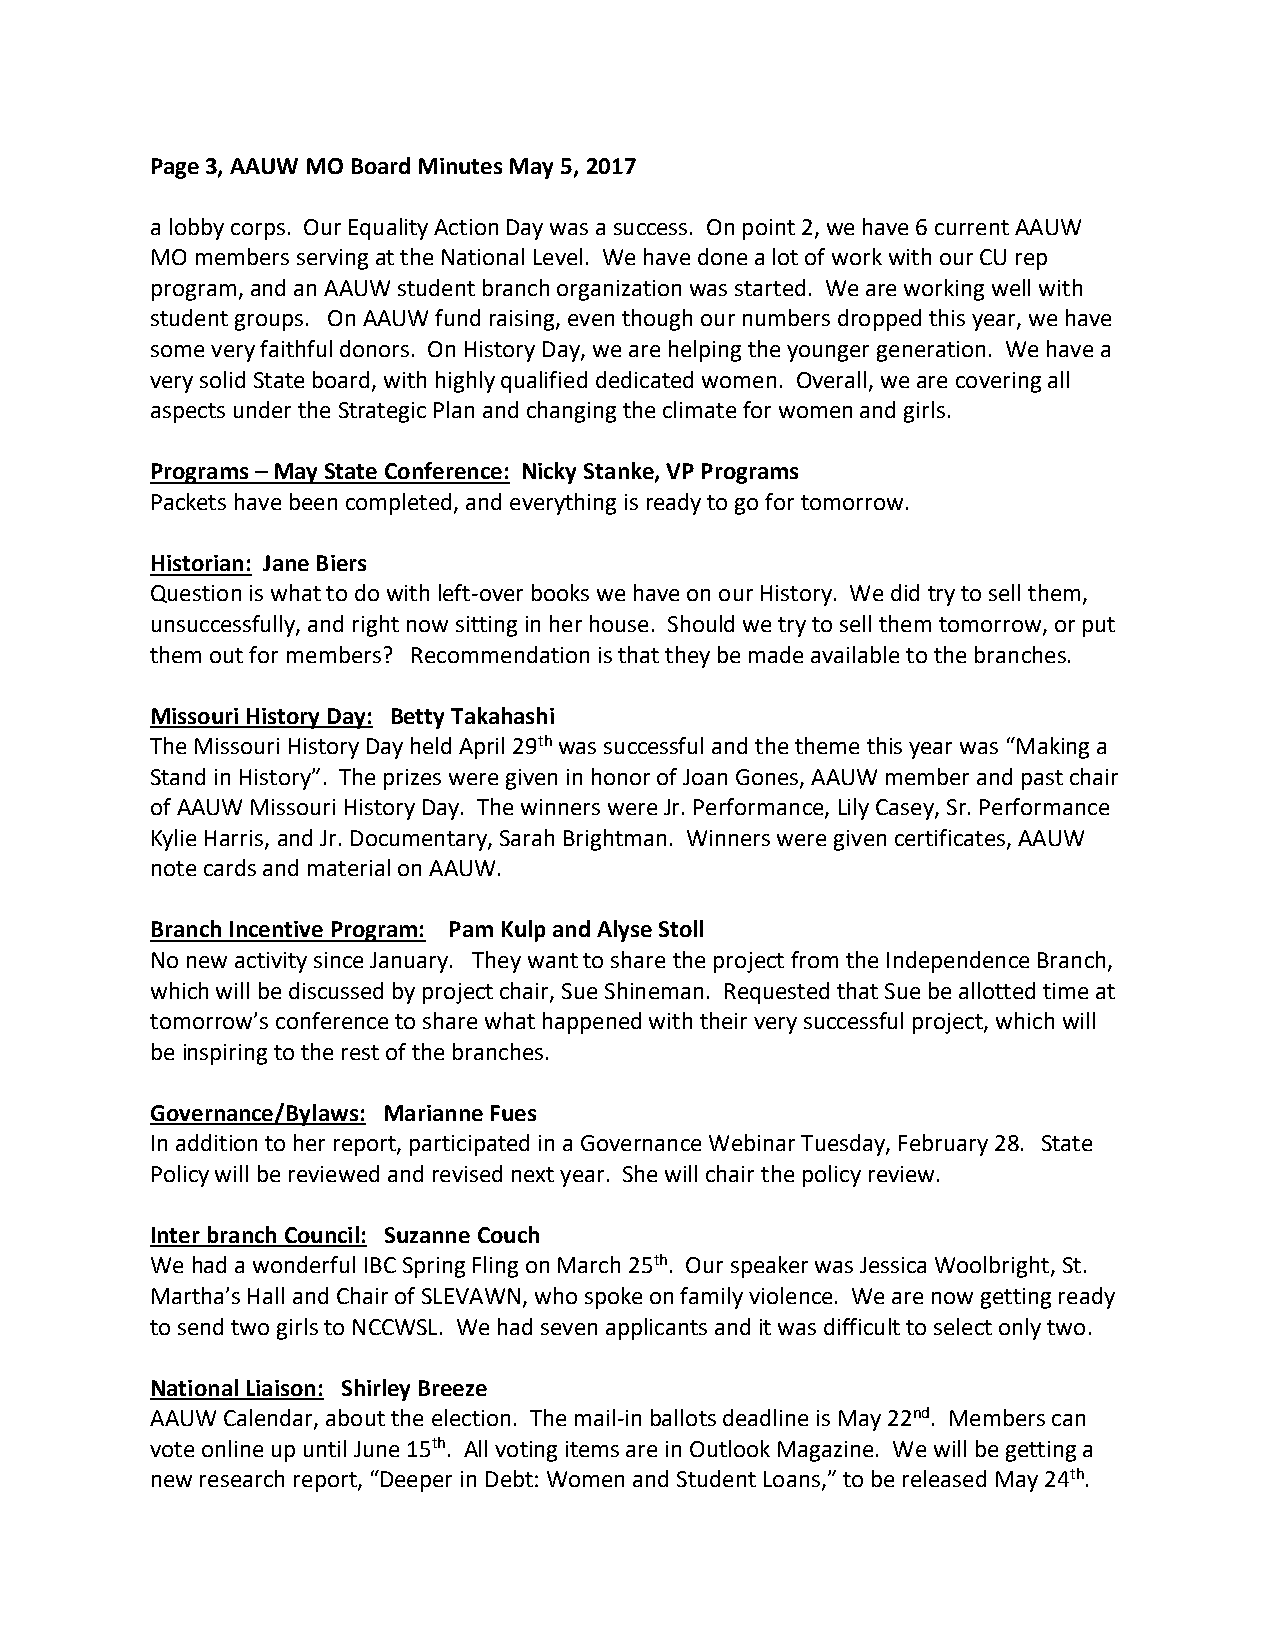
Page 3, AAUW MO Board Minutes May 5, 2017
 a lobby corps. Our Equality Action Day was a success. On point 2, we have 6 current AAUW
 MO members serving at the National Level. We have done a lot of work with our CU rep
 program, and an AAUW student branch organization was started. We are working well with
 student groups. On AAUW fund raising, even though our numbers dropped this year, we have
 some very faithful donors. On History Day, we are helping the younger generation. We have a
 very solid State board, with highly qualified dedicated women. Overall, we are covering all
 aspects under the Strategic Plan and changing the climate for women and girls.
 Programs – May State Conference: Nicky Stanke, VP Programs
 Packets have been completed, and everything is ready to go for tomorrow.
 Historian: Jane Biers
 Question is what to do with left-over books we have on our History. We did try to sell them,
 unsuccessfully, and right now sitting in her house. Should we try to sell them tomorrow, or put
 them out for members? Recommendation is that they be made available to the branches.
 Missouri History Day: Betty Takahashi
 The Missouri History Day held April 29th was successful and the theme this year was “Making a
 Stand in History”. The prizes were given in honor of Joan Gones, AAUW member and past chair
 of AAUW Missouri History Day. The winners were Jr. Performance, Lily Casey, Sr. Performance
 Kylie Harris, and Jr. Documentary, Sarah Brightman. Winners were given certificates, AAUW
 note cards and material on AAUW.
 Branch Incentive Program: Pam Kulp and Alyse Stoll
 No new activity since January. They want to share the project from the Independence Branch,
 which will be discussed by project chair, Sue Shineman. Requested that Sue be allotted time at
 tomorrow’s conference to share what happened with their very successful project, which will
 be inspiring to the rest of the branches.
 Governance/Bylaws: Marianne Fues
 In addition to her report, participated in a Governance Webinar Tuesday, February 28. State
 Policy will be reviewed and revised next year. She will chair the policy review.
 Inter branch Council: Suzanne Couch
 We had a wonderful IBC Spring Fling on March 25th. Our speaker was Jessica Woolbright, St.
 Martha’s Hall and Chair of SLEVAWN, who spoke on family violence. We are now getting ready
 to send two girls to NCCWSL. We had seven applicants and it was difficult to select only two.
 National Liaison: Shirley Breeze
 AAUW Calendar, about the election. The mail-in ballots deadline is May 22nd. Members can
 vote online up until June 15th. All voting items are in Outlook Magazine. We will be getting a
 new research report, “Deeper in Debt: Women and Student Loans,” to be released May 24th.